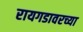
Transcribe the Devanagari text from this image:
रायगडावरच्या